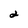
Character: 2